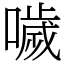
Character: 噦